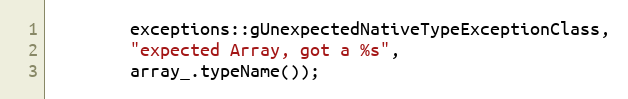
Language: C++
        exceptions::gUnexpectedNativeTypeExceptionClass,
        "expected Array, got a %s",
        array_.typeName());